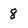
Character: 8